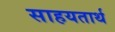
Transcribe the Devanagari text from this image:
साहयतार्थ